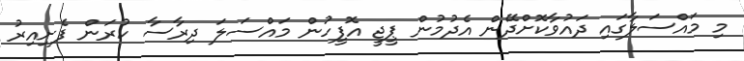
މި މައްސަލާގައި ދައުވާކޮށްދޭން އެދުމުން ޕީޖީ އޮފީހުން މައްސަލަ ދިރާސާ ކުރަން ފެށިއިރު